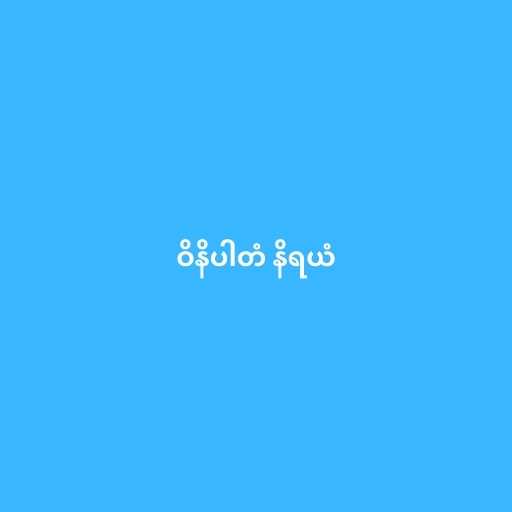
ဝိနိပါတံ နိရယံ